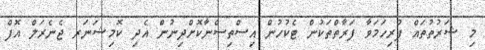
މި ޝަރުތުތައް ފުރިހަމަވާ ފަރާތްތަކުން ޓެކުހުން އިސްތިސްނާކޮށްދިނުން އެދި ކޮމިޝަނަރ ޖެނެރަލް އޮފް